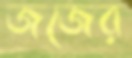
জজের